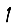
Digit: 1